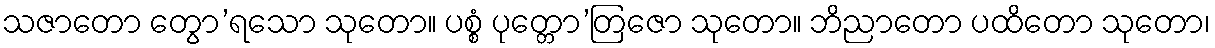
သဇာတော တွော’ရသော သုတော။ ပစ္စံ ပုတ္တော’တြဇော သုတော။ ဘိညာတော ပထိတော သုတော၊